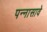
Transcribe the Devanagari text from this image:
पन्नासावे